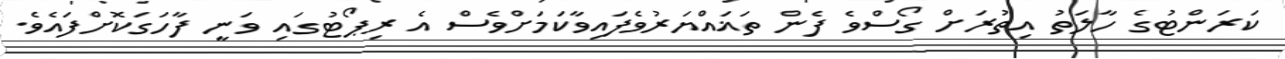
ކަރަންޓުގެ ހާލަތު އިތުރަށް ގޯސްވެ ފެން ތަޣައްޔަރުވެފައިވާކަމަށްވެސް އެ ރިޕޯޓުގައި ވަނީ ފާހަގަކޮށްފައެވެ.